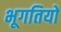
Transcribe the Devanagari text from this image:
भूगतियों